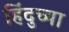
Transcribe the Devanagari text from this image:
हिंदुच्या